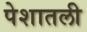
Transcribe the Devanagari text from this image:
पेशातली